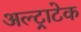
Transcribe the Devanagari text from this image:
अल्‍ट्राटेक